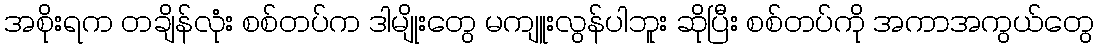
အစိုးရက တချိန်လုံး စစ်တပ်က ဒါမျိုးတွေ မကျူးလွန်ပါဘူး ဆိုပြီး စစ်တပ်ကို အကာအကွယ်တွေ